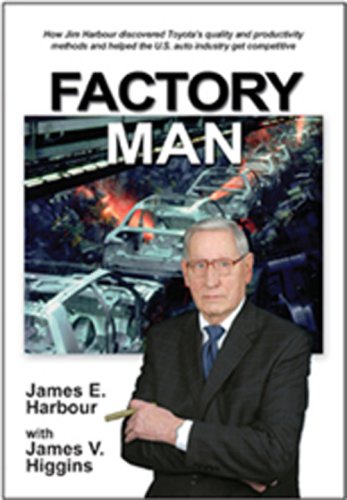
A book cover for Factory Man: How Jim Harbour discovered Toyota's quality and productivity methods and helped the U.S. auto industry get competitive; James E. Harbour; Engineering & Transportation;